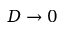
D \to 0